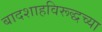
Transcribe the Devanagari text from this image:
बादशाहविरूद्धच्या